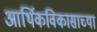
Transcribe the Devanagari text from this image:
आर्थिकविकासाच्या